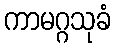
ကာမဂ္ဂသုခံ